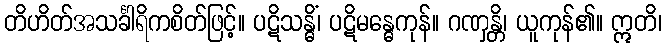
တိဟိတ်အသင်္ခါရိကစိတ်ဖြင့်။ ပဋိသန္ဓိံ၊ ပဋိမန္ဓေကုန်။ ဂဏှန္တိ၊ ယူကုန်၏။ ဣတိ၊